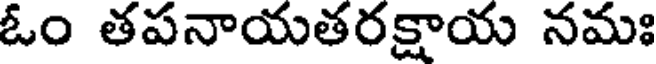
ఓం తపనాయతరక్షాయ నమః